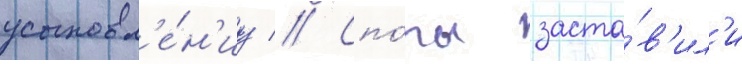
усыновл'е́н'иу // Спо́ры заста́в'ил'и